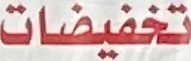
تخفیضات